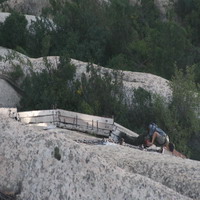
扁舟昨泊，危亭孤啸，目断闲云千里。